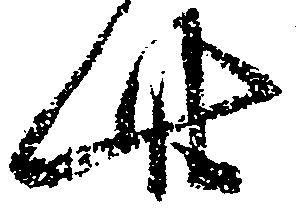
此